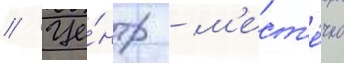
// Це́нтр - м'ест'е́чко